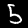
Label: 5